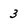
Character: 3